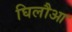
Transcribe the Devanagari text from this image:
घिलौआ